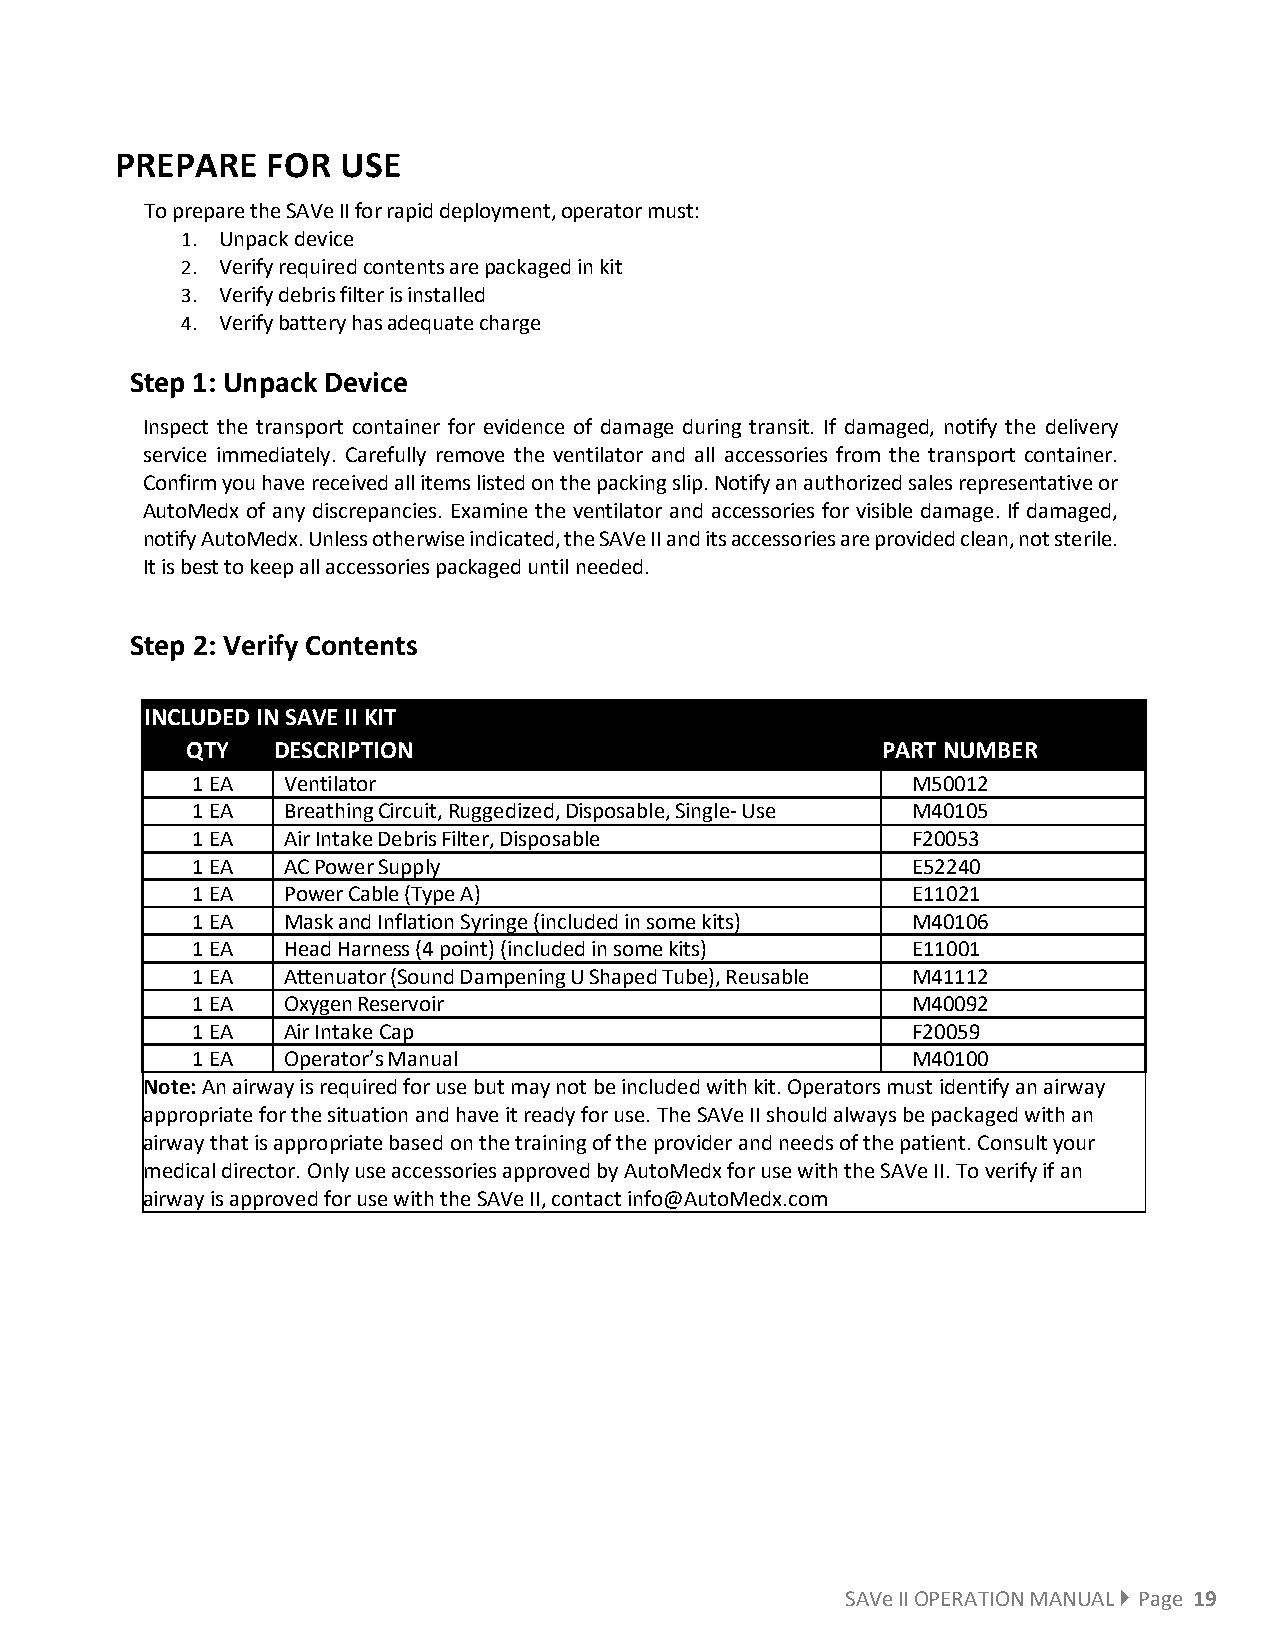
PREPARE   FOR  USE
 To prepare the SAVe II for rapid deployment, operator must:
 1. Unpack device
 2. Verify required contents are packaged in kit
 3. Verify debris filter is installed
 4. Verify battery has adequate charge
 Step 1: Unpack Device
 Inspect the transport container for evidence of damage during transit. If damaged, notify the delivery
 service immediately. Carefully remove the ventilator and all accessories from the transport container.
 Confirm you have received all items listed on the packing slip. Notify an authorized sales representative or
 AutoMedx of any discrepancies. Examine the ventilator and accessories for visible damage. If damaged,
 notify AutoMedx. Unless otherwise indicated, the SAVe II and its accessories are provided clean, not sterile.
 It is best to keep all accessories packaged until needed.
 Step 2: Verify Contents
 INCLUDED IN SAVE II KIT
 QTY   DESCRIPTION                             PART NUMBER
 1 EA  Ventilator                               M50012
 1 EA  Breathing Circuit, Ruggedized, Disposable, Single- Use M40105
 1 EA  Air Intake Debris Filter, Disposable     F20053
 1 EA  AC Power Supply                          E52240
 1 EA  Power Cable (Type A)                     E11021
 1 EA  Mask and Inflation Syringe (included in some kits) M40106
 1 EA  Head Harness (4 point) (included in some kits) E11001
 1 EA  Attenuator (Sound Dampening U Shaped Tube), Reusable M41112
 1 EA  Oxygen Reservoir                         M40092
 1 EA  Air Intake Cap                           F20059
 1 EA  Operator’s Manual                        M40100
 Note: An airway is required for use but may not be included with kit. Operators must identify an airway
 appropriate for the situation and have it ready for use. The SAVe II should always be packaged with an
 airway that is appropriate based on the training of the provider and needs of the patient. Consult your
 medical director. Only use accessories approved by AutoMedx for use with the SAVe II. To verify if an
 airway is approved for use with the SAVe II, contact info@AutoMedx.com
 SAVe II OPERATION MANUAL  Page 19